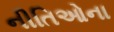
નીતિઓના